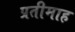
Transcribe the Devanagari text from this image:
प्रतीमाह